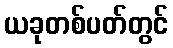
ယခုတစ်ပတ်တွင်